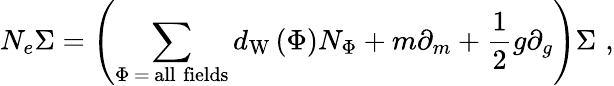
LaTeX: N_{e}\Sigma=\left(\sum_{\Phi\, =\, \mathrm{all\; fields}}d_{\mathrm{W}}\left(\Phi\right)N_{\Phi}+m\partial_{m}+\frac 12g\partial_{g}\right)\Sigma\, \, ,